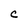
Character: C